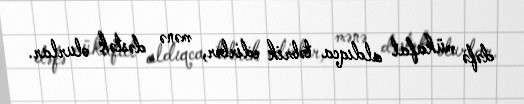
dəfə mükafat aldıqca təbrik edirlər, mənə dəstək olurlar.